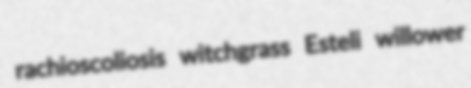
rachioscoliosis witchgrass Esteli willower